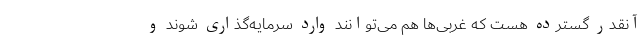
آنقدر گسترده هست که غربی‌ها هم می‌توانند وارد سرمایه‌گذاری شوند و